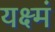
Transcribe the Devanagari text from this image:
यक्ष्मं